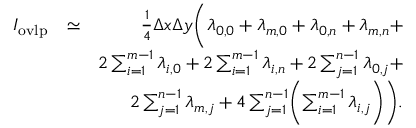
\begin{array} { r l r } { I _ { \mathrm { o v l p } } } & { \simeq } & { \frac { 1 } { 4 } \Delta x \Delta y \Biggl ( \lambda _ { 0 , 0 } + \lambda _ { m , 0 } + \lambda _ { 0 , n } + \lambda _ { m , n } + } \\ & { } & { 2 \sum _ { i = 1 } ^ { m - 1 } \lambda _ { i , 0 } + 2 \sum _ { i = 1 } ^ { m - 1 } \lambda _ { i , n } + 2 \sum _ { j = 1 } ^ { n - 1 } \lambda _ { 0 , j } + } \\ & { } & { 2 \sum _ { j = 1 } ^ { n - 1 } \lambda _ { m , j } + 4 \sum _ { j = 1 } ^ { n - 1 } \Biggl ( \sum _ { i = 1 } ^ { m - 1 } \lambda _ { i , j } \Biggr ) \Biggr ) . } \end{array}